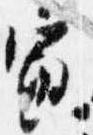
寅